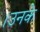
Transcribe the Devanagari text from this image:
।उनके